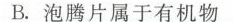
B.泡腾片属于有机物